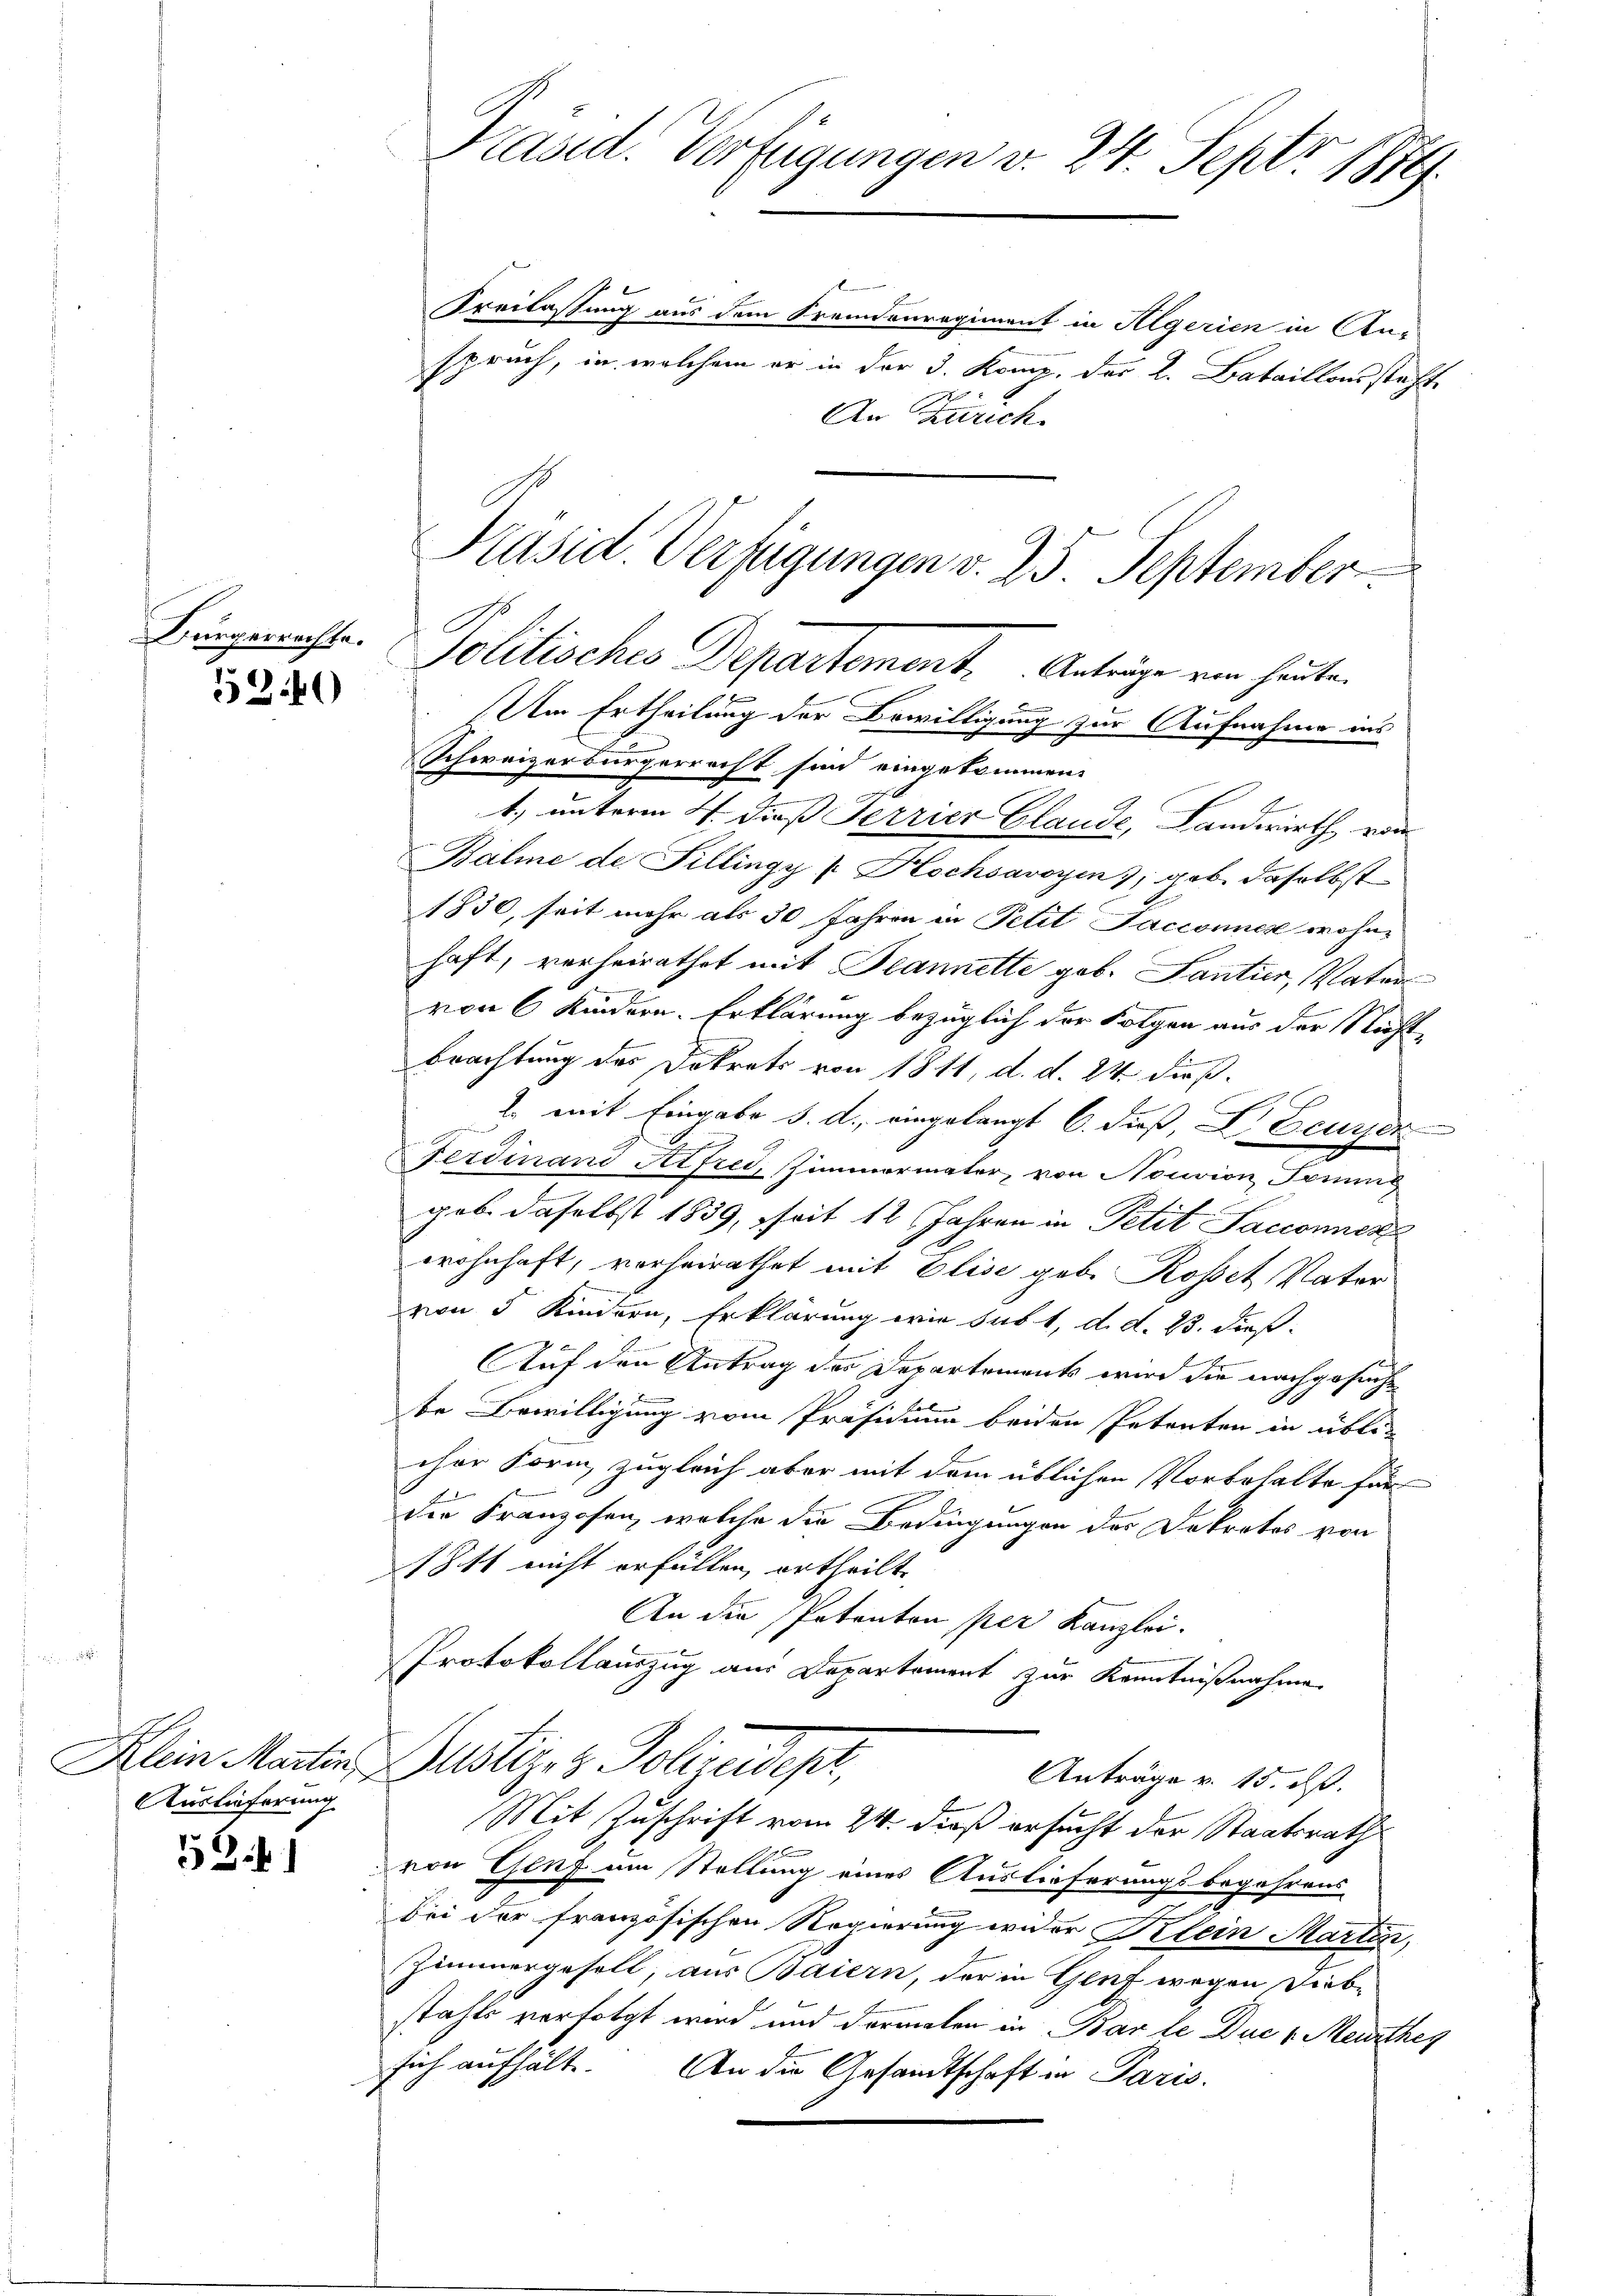
5340

Auslieferung

53)

Prand. Verfügungen v. 24. Septr 1879.

Präsid. Verfügungen v. 25. September.

f
Sreilassung aus dem Fremdenregiment in Algerien in An-
spruch, in welchem er in der 3. Komp. der L. Bataillons steht
An Zürich
f
Bürgerichte. Politisches Departement. Anträge von heute.
Um Ertheilung der Bewilligung zur Aufnahme ins
Schweizerbürgerrecht sind eingekommen.
t.) unterm 4. dieß Terrier Glaude, Landwirth von
Balme de Fillingy Hochsavoyen , geb. daselbst
1830, seit mehr als 30 Jahren in Petit Jacconner wohne
haft, verheirathet mit Deannette geb. Santier, Vater
von 6 Kindern. Erklärung bezüglich der Folgen aus der Nicht¬
E
brachtung des Dokrats von 1811, d. d. 24. dieß.
C
2. mit Eingabe d. d. eingelangt 6. dieß, V Eeusser
Ferdinand Alfred, Zimmermater, von Nouvion Jamme
geb. daselbst 1839, seit 12 Jahren in Petit Sacconner
wohnhaft, verheirathet mit Elise geb. Rosset Vater
von 5 Kindern, Erklärung wie sub 1, d. d. 23. dieß.
Auf den Antrag des Departements wird die nachgesuche
be Bewilligung vom Präsidium beiden Petenten in üblicher Form, zugleich aber mit dem üblichen Vorbehalte für
die Franzosen, welche die Bedingungen des Dekretos von
shitt nicht erfüllen, ertheilte,
An die Petenton per Kanzlei.
Protokollauszug aus Departement zur Kenntnißnahme
Klein Marten Justiz & Polizeidept,
Anträge v. 15. dß.
Mit Zuschrift vom 24. dieß ersucht der Staatsraths
von Genf um Stellung eines Auslieferungsbegehrens
bei der französischen Regierung wider Klein Martin,
Zimmergesell, aus Baiern, der in Genf wegen Diebstahls verfolgt wird und dermalen in Bar le Duc 1. Meurthey
sich aufhält. An die Gesandtschaft in Paris.